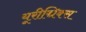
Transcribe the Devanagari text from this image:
यूरीद्मिक्स